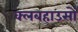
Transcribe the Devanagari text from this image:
क्लबहाउसों